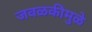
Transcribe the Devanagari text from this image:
जवळकीमुळे